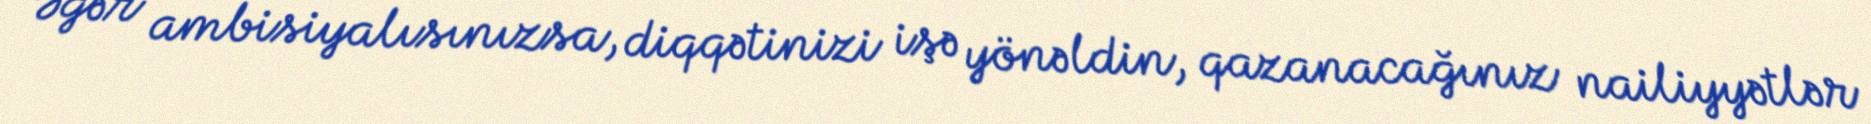
Əgər ambisiyalısınızsa, diqqətinizi işə yönəldin, qazanacağınız nailiyyətlər